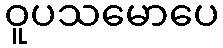
ဝူပသမောပေ